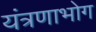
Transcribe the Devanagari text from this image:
यंत्रणाभोग